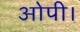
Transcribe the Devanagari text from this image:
ओपी।